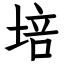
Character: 培